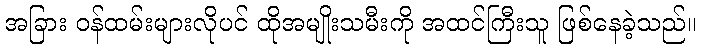
အခြား ဝန်ထမ်းများလိုပင် ထိုအမျိုးသမီးကို အထင်ကြီးသူ ဖြစ်နေခဲ့သည်။